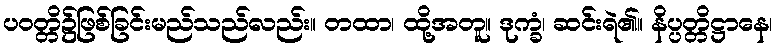
ပဝတ္တိ၌ဖြစ်ခြင်းမည်သည်လည်း။ တထာ၊ ထို့အတူ။ ဒုက္ခံ၊ ဆင်းရဲ၏။ နိပ္ပတ္တိဋ္ဌာနေ၊